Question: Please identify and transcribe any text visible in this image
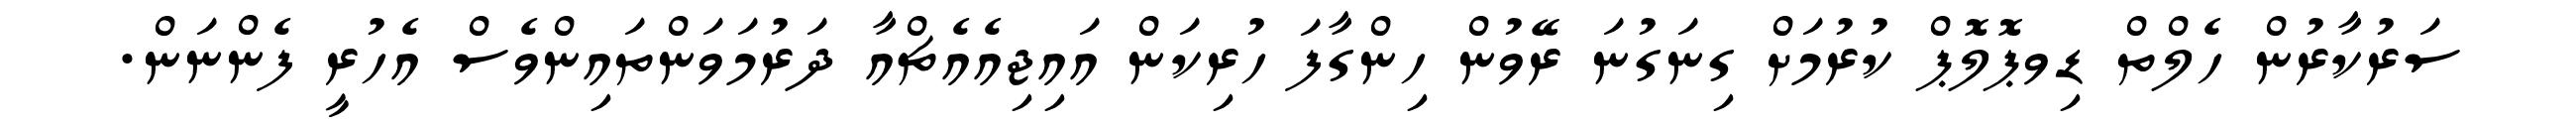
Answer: ސަރުކާރުން ހެލްތް ޑިވޕޮލޮޕް ކުރުމަށް ގިނަގުނަ ރޭވުން ހިންގާފަ ހުރިކަން އައިޖިއެއެޗްއާ ދަރުމަވަންތައިންވެސް އެހުރީ ފެންނަން.